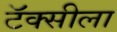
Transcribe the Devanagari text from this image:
टॅक्सीला